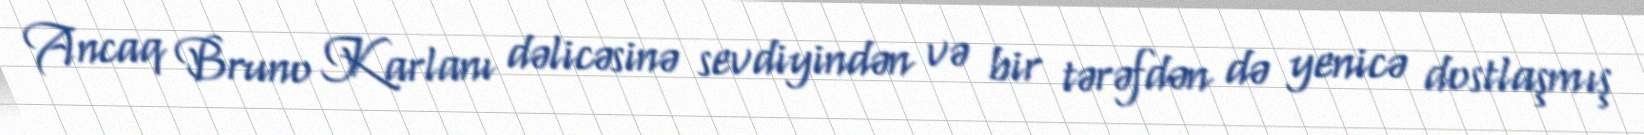
Ancaq Bruno Karlanı dəlicəsinə sevdiyindən və bir tərəfdən də yenicə dostlaşmış